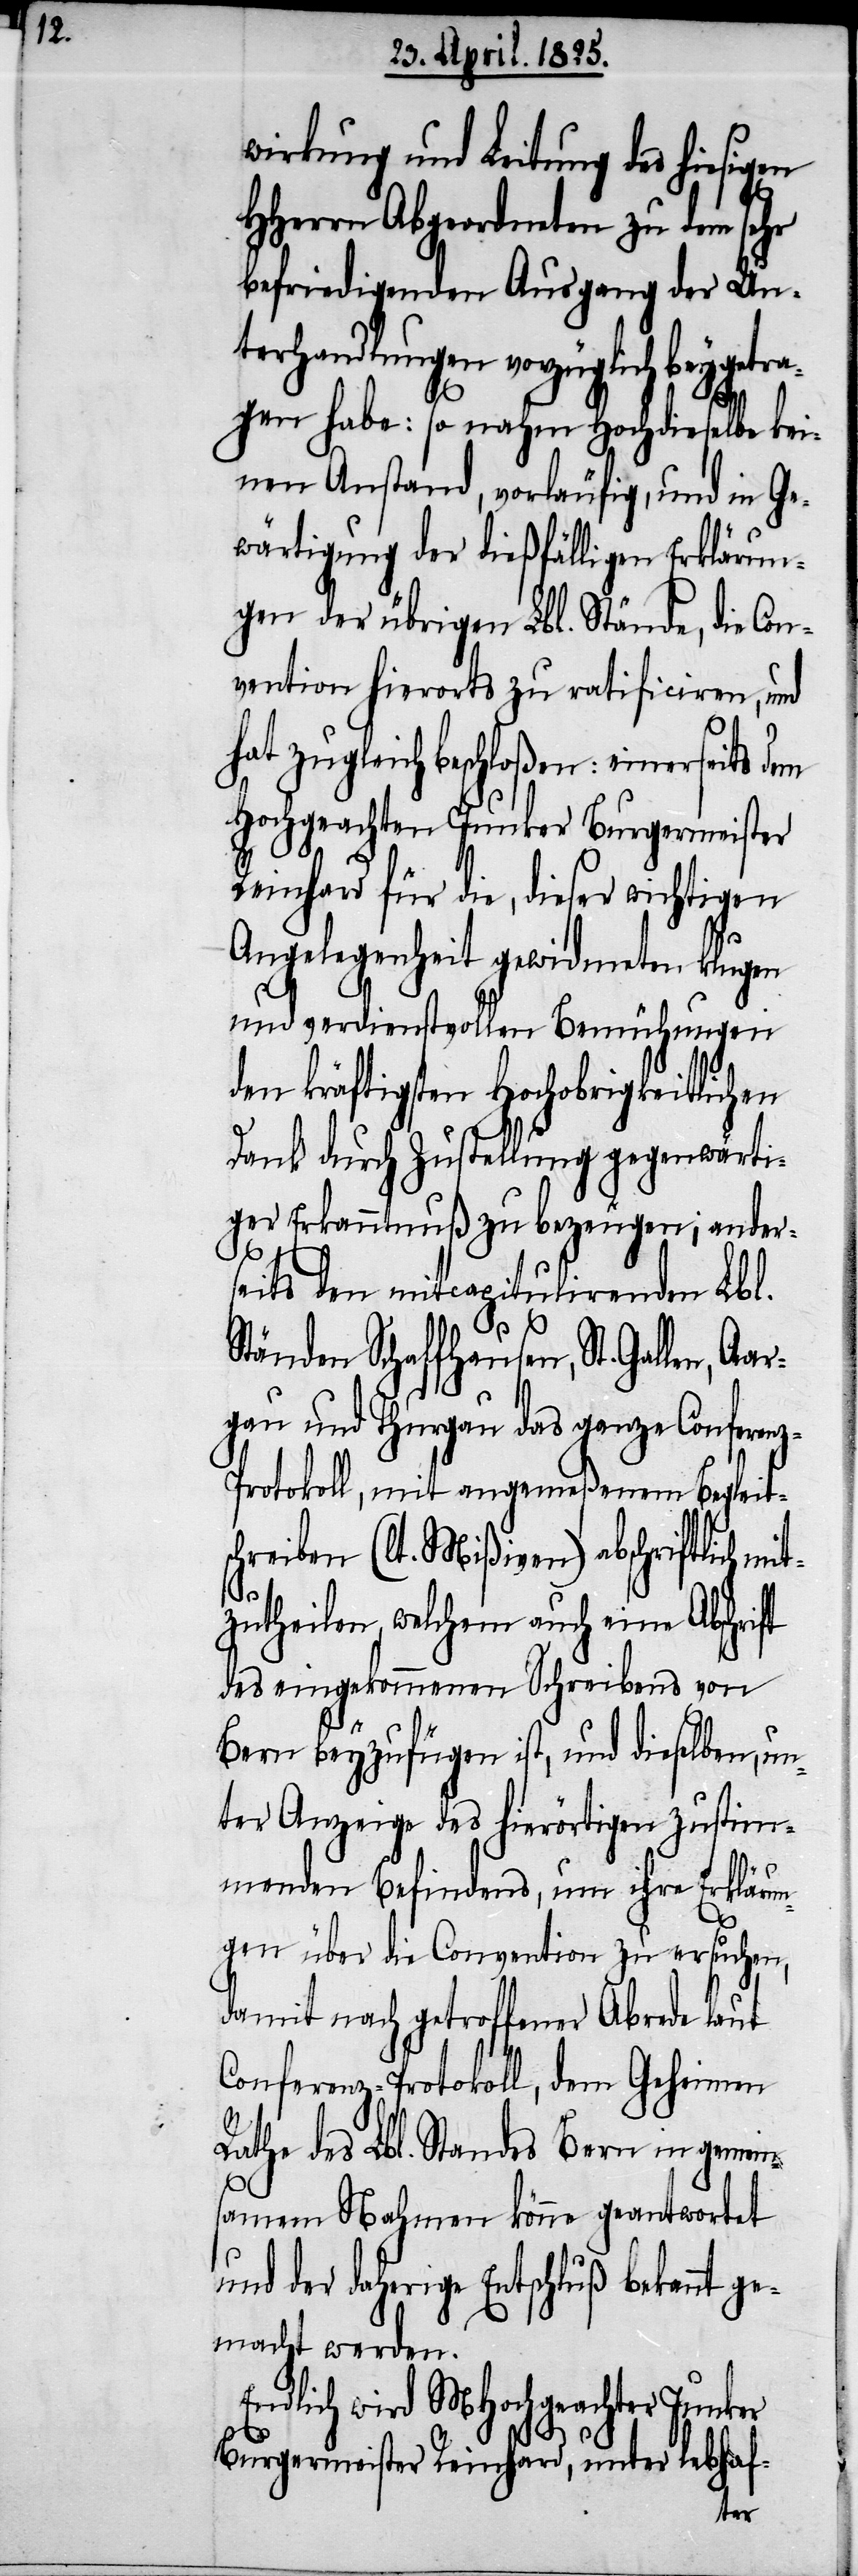
wirkung und Leitung des hiesigen
HHerrn Abgeordneten zu dem sehr
befriedigenden Ausgang der Un¬
terhandlungen vorzüglich beyge¬
gen habe: so nahm Hochdieselbe kei¬
nen Anstand, vorläufig, und in Ge¬
wärtigung der dießfälligen Erklärun¬
gen der übrigen Lbl. Stände, die Con¬
vention hierorts zu ratificiren, und
ter Reinhard, unter lebhaf-
Hochgeachten Junker Burgermeister
Reinhard für die, dieser wichtigen
Angelegenheit gewidmeten klugen
und verdienstvollen Bemühungen
den kräftigsten Hochobrigkeitlichen
Dank durch Zustellung gegenwärti¬
ger Erkanntnuß zu bezeugen; ander¬
seits den mitcapitulirenden Lbl.
Ständen Schaffhausen, St. Gallen, Aa¬
rgau und Thurgau das ganze Conferen¬
z-Protokoll, mit angemeßenem Begleits¬
chreiben (lt. Mißiven) abschriftlich mi¬
tzutheilen, welchem auch eine Abschrift
des eingekommenen Schreibens von
Bern beyzufügen ist, und dieselben, un¬
ter Anzeige des hierörtigen Zustim¬
menden Befindens, um ihre Erklärun¬
gen über die Convention zu ersuchen,
damit nach getroffener Abrede laut
Conferenz-Protokoll, dem Geheimen
Rathe des Lbl. Standes Bern in gemein¬
samem Nahmen könne geantwortet
und der daherige Entschluß bekannt g¬
emacht werden.
Endlich wird MHochgeachter Junker
Burgermeis¬
tra¬